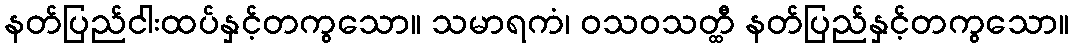
နတ်ပြည်ငါးထပ်နှင့်တကွသော။ သမာရကံ၊ ဝသဝသတ္ထီ နတ်ပြည်နှင့်တကွသော။